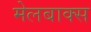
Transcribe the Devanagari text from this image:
मेलबाक्स